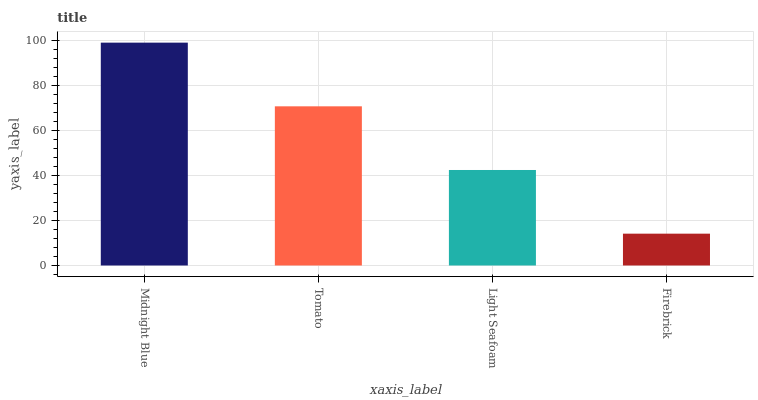
| xaxis_label | bars |
 | --- | --- |
 | Midnight Blue | 99 |
 | Tomato | 70.7 |
 | Light Seafoam | 42.4 |
 | Firebrick | 14.1 |